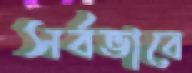
সর্বভাবে